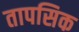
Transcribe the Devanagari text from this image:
तापसिक